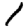
Digit: 1